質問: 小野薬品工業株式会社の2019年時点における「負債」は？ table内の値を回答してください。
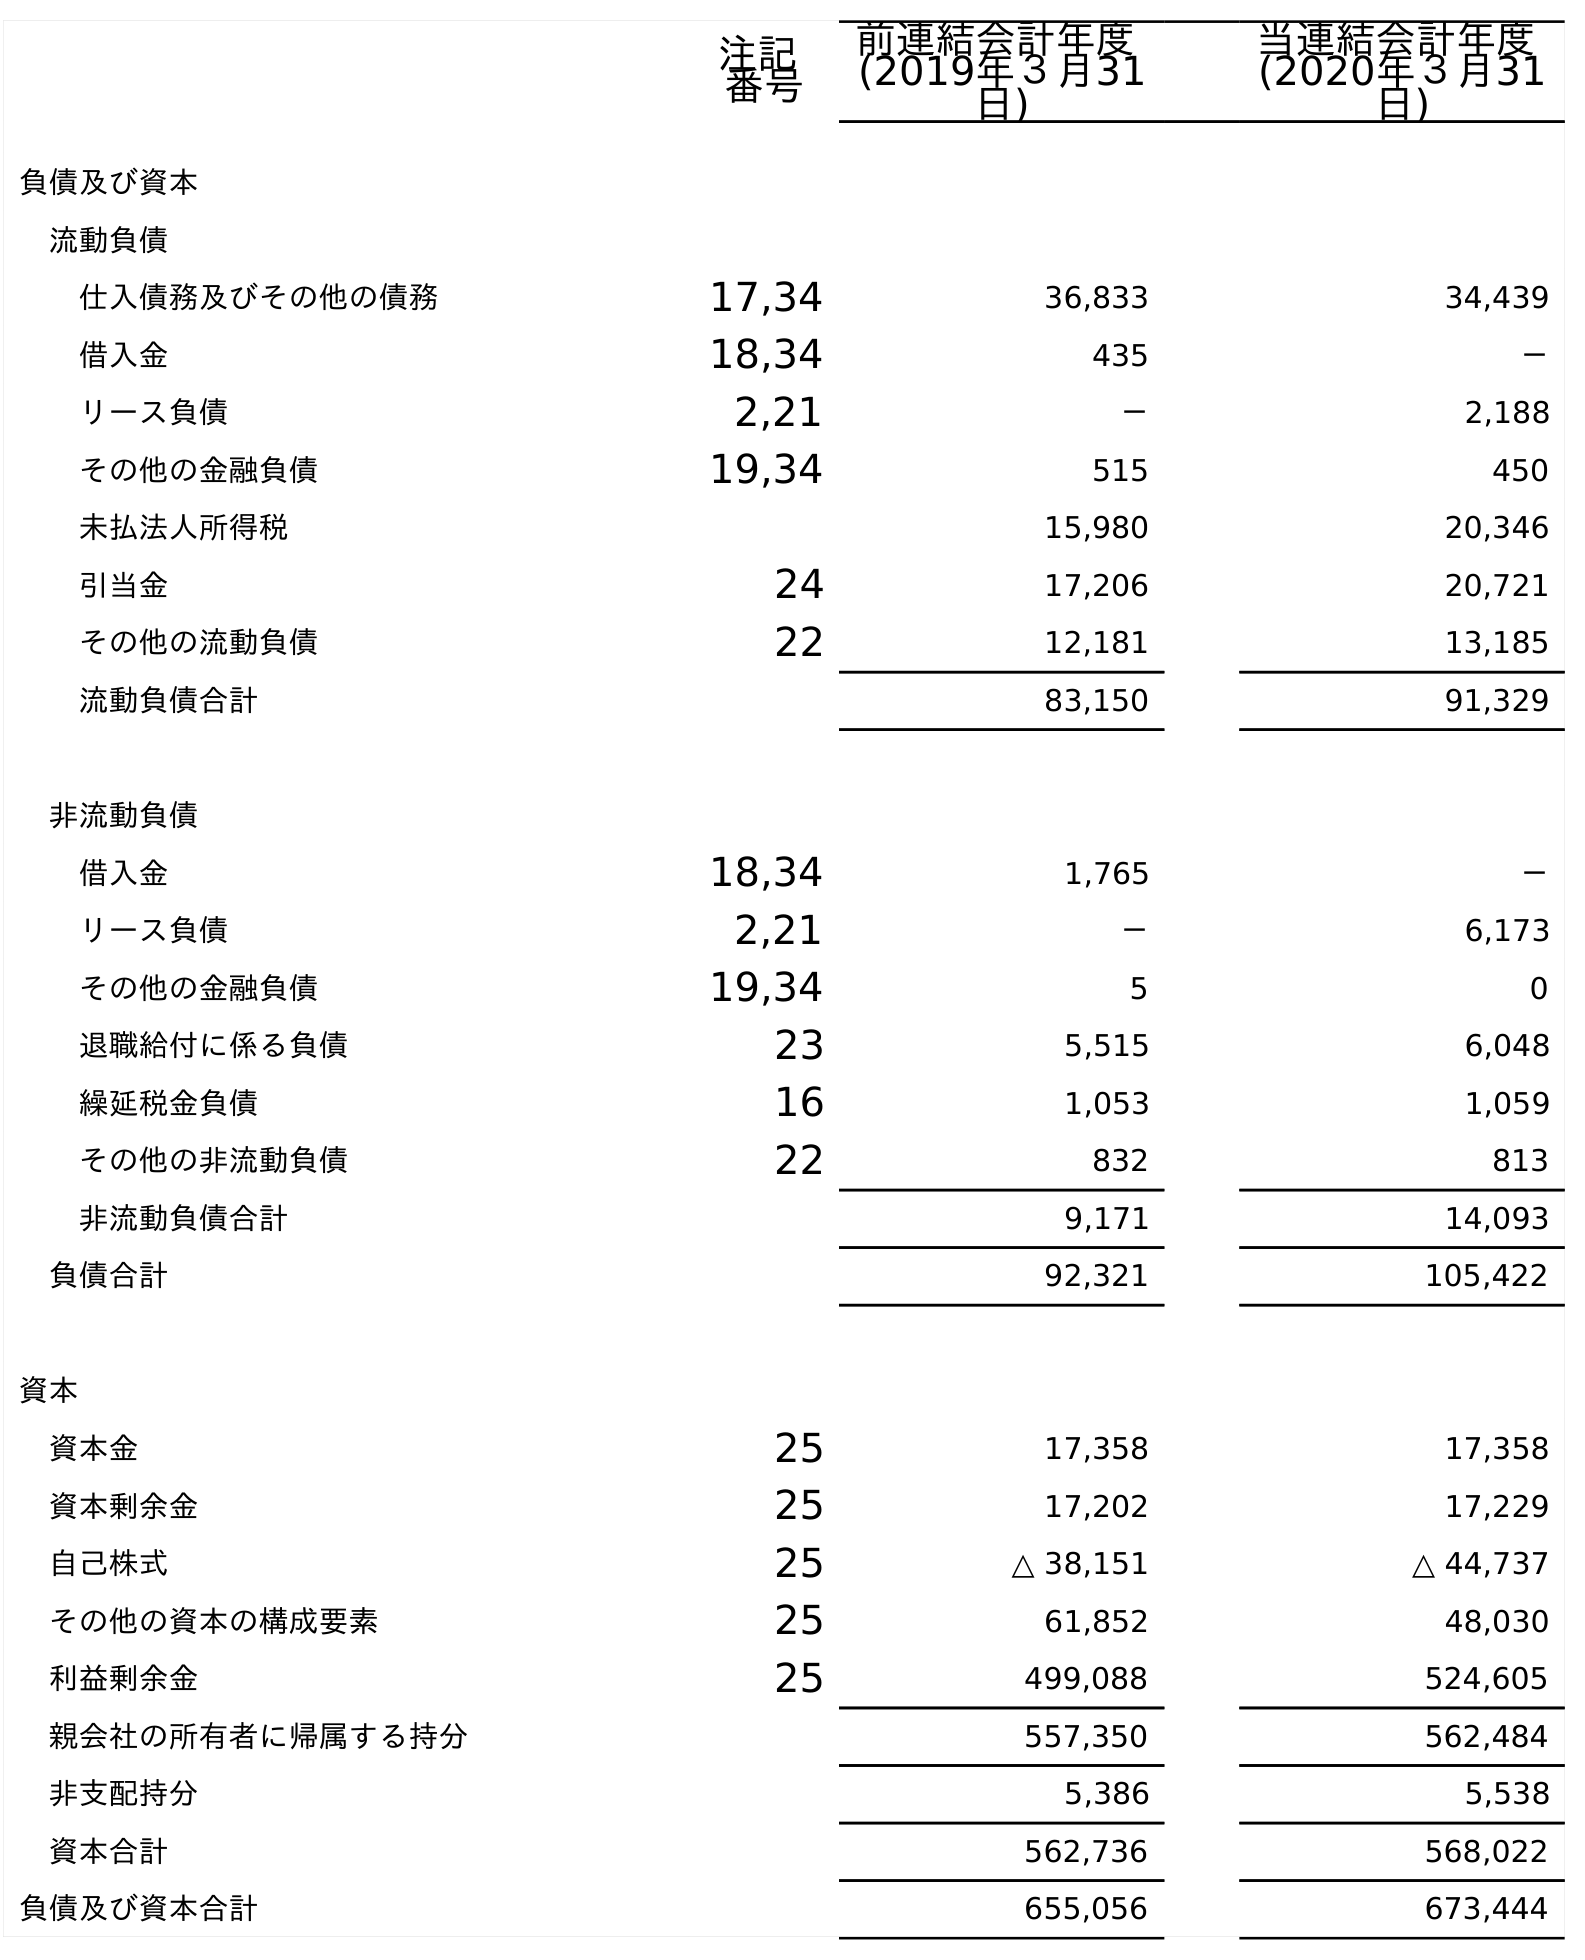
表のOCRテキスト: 注記 番号 前連結会計年度 (2019年３月31 日) 当連結会計年度 (2020年３月31 日) 負債及び資本 流動負債 仕入債務及びその他の債務 17,34 36,833 34,439 借入金 18,34 435 － リース負債 2,21 － 2,188 その他の金融負債 19,34 515 450 未払法人所得税 15,980 20,346 引当金 24 17,206 20,721 その他の流動負債 22 12,181 13,185 流動負債合計 83,150 91,329 非流動負債 借入金 18,34 1,765 － リース負債 2,21 － 6,173 その他の金融負債 19,34 5 0 退職給付に係る負債 23 5,515 6,048 繰延税金負債 16 1,053 1,059 その他の非流動負債 22 832 813 非流動負債合計 9,171 14,093 負債合計 92,321 105,422 資本 資本金 25 17,358 17,358 資本剰余金 25 17,202 17,229 自己株式 25 △ 38,151 △ 44,737 その他の資本の構成要素 25 61,852 48,030 利益剰余金 25 499,088 524,605 親会社の所有者に帰属する持分 557,350 562,484 非支配持分 5,386 5,538 資本合計 562,736 568,022 負債及び資本合計 655,056 673,444
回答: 92,321